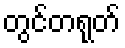
တွင်တရုတ်